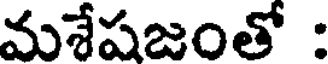
మశేషజంతో :